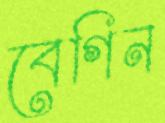
বেগিন